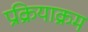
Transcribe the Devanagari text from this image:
प्रक्रियाक्रम